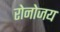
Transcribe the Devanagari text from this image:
रोनोजय